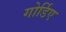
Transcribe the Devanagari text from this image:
गोर्डिए